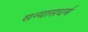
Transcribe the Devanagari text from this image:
सन्यासधर्म